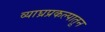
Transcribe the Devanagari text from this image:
व्याघ्रप्रकल्पातून